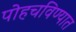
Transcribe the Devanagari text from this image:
पोहचविण्यात